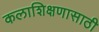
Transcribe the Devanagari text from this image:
कलाशिक्षणासाठी